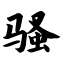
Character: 骚